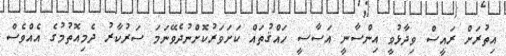
އިތުރަށް ރައީސް ވިދާޅުވީ އިންސާނީ އަސާސީ ހައްޤުތައް ކަށަވަރުކޮށްނުދެވޭނަމަ ސަރުކާރު ދެމިއޮތުމުގެ އެއްވެސް